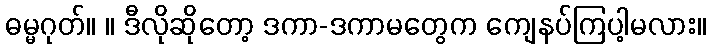
ဓမ္မဂုတ်။ ။ ဒီလိုဆိုတော့ ဒကာ-ဒကာမတွေက ကျေနပ်ကြပါ့မလား။